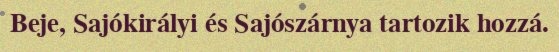
Beje, Sajókirályi és Sajószárnya tartozik hozzá.